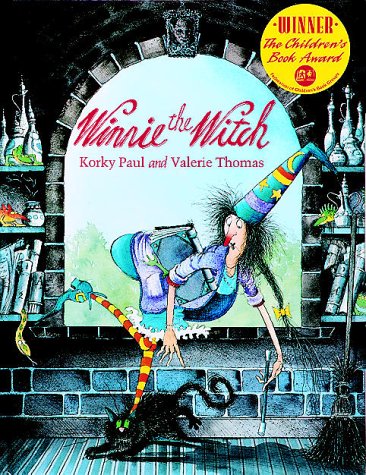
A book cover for Winnie the Witch; Korky Paul; Children's Books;